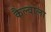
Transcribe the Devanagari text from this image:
कैल्वाला